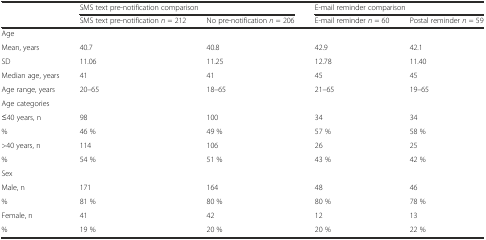
|  | <COLSPAN=2> SMS text pre-notification comparison | <COLSPAN=2> E-mail reminder comparison |
 |  | SMS text pre-notification n = 212 | No pre-notification n = 206 | E-mail reminder n = 60 | Postal reminder n = 59 |
 | --- | --- | --- | --- | --- |
 | Age |  |  |  |  |
 | Mean, years | 40.7 | 40.8 | 42.9 | 42.1 |
 | SD | 11.06 | 11.25 | 12.78 | 11.40 |
 | Median age, years | 41 | 41 | 45 | 45 |
 | Age range, years | 20–65 | 18–65 | 21–65 | 19–65 |
 | Age categories |  |  |  |  |
 | ≤40 years, n | 98 | 100 | 34 | 34 |
 | % | 46 % | 49 % | 57 % | 58 % |
 | >40 years, n | 114 | 106 | 26 | 25 |
 | % | 54 % | 51 % | 43 % | 42 % |
 | Sex |  |  |  |  |
 | Male, n | 171 | 164 | 48 | 46 |
 | % | 81 % | 80 % | 80 % | 78 % |
 | Female, n | 41 | 42 | 12 | 13 |
 | % | 19 % | 20 % | 20 % | 22 % |